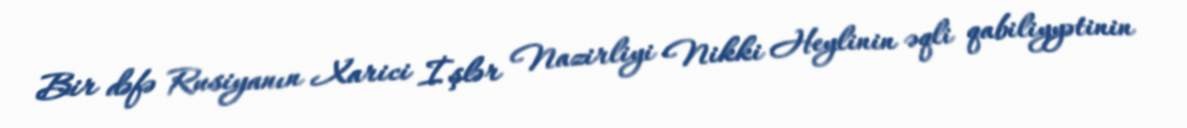
Bir dəfə Rusiyanın Xarici İşlər Nazirliyi Nikki Heylinin əqli qabiliyyətinin